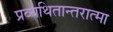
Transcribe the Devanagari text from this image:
प्रव्यथितान्तरात्मा